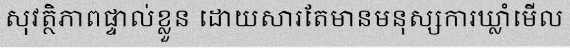
សុវត្ថិភាពផ្ទាល់ខ្លួន ដោយសារតែមានមនុស្សការឃ្លាំមើល